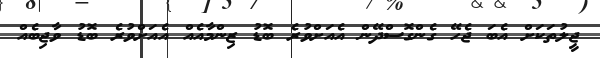
ޖީލުތަކަށް އެބަ ޖެހޭ ގެންގޮސްދޭން އެއަށްވުރެ ބޮޑު ޒިންމާއެއް އެއަށްވުރެ ބޮޑު ވާޖިބެއް